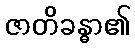
ဇာတိခန္ဓာ၏